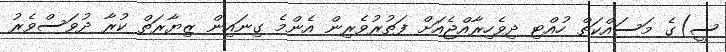
ސީ)ގެ މަސައްކަތް ހުއްޓި ދިވެހިރާއްޖެއަށް ފަތުރުވެރިން އެންމެ ގިނައިން ޒިޔާރަތް ކުރާ ދުވަސްވެރު